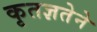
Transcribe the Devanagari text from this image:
कृतज्ञतेने